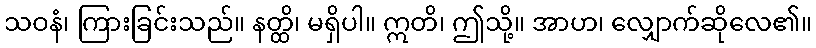
သဝနံ၊ ကြားခြင်းသည်။ နတ္ထိ၊ မရှိပါ။ ဣတိ၊ ဤသို့။ အာဟ၊ လျှောက်ဆိုလေ၏။